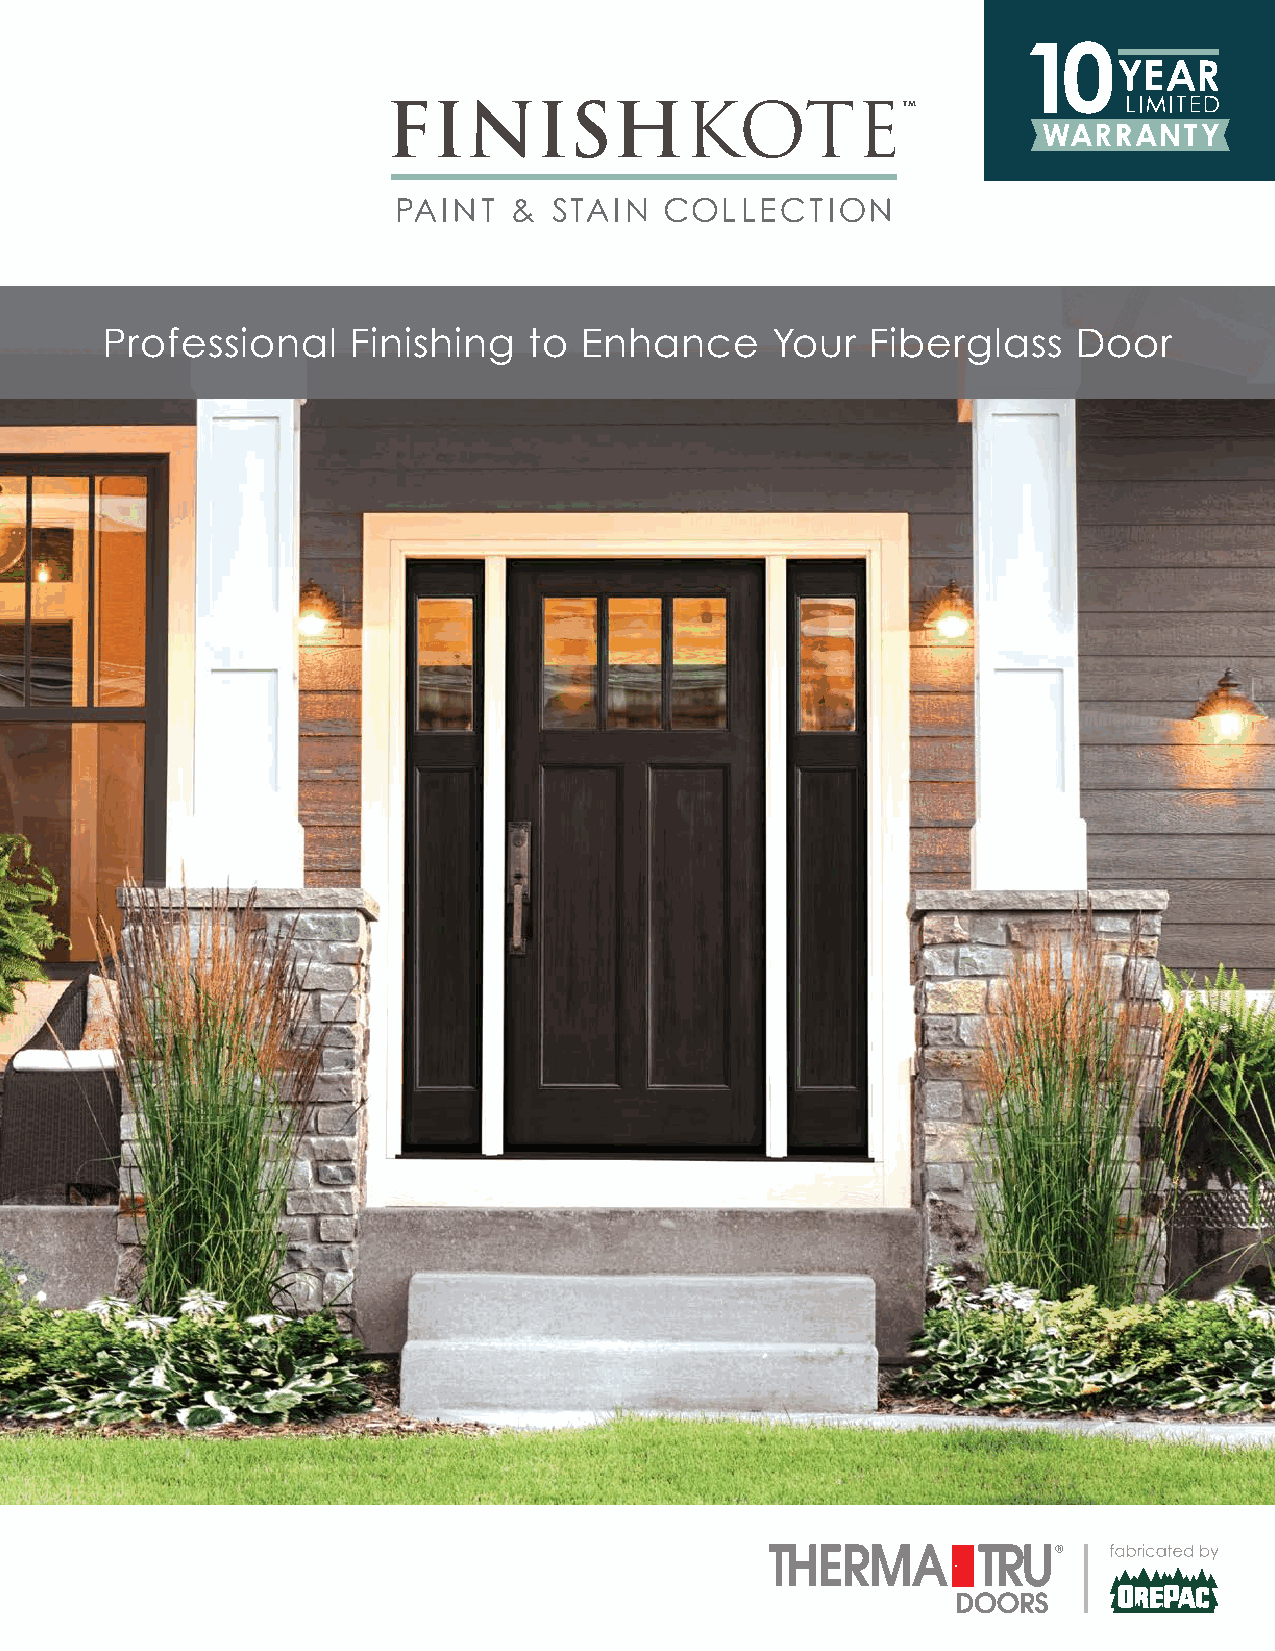
Professional    Finishing   to  Enhance     Your   Fiberglass   Door